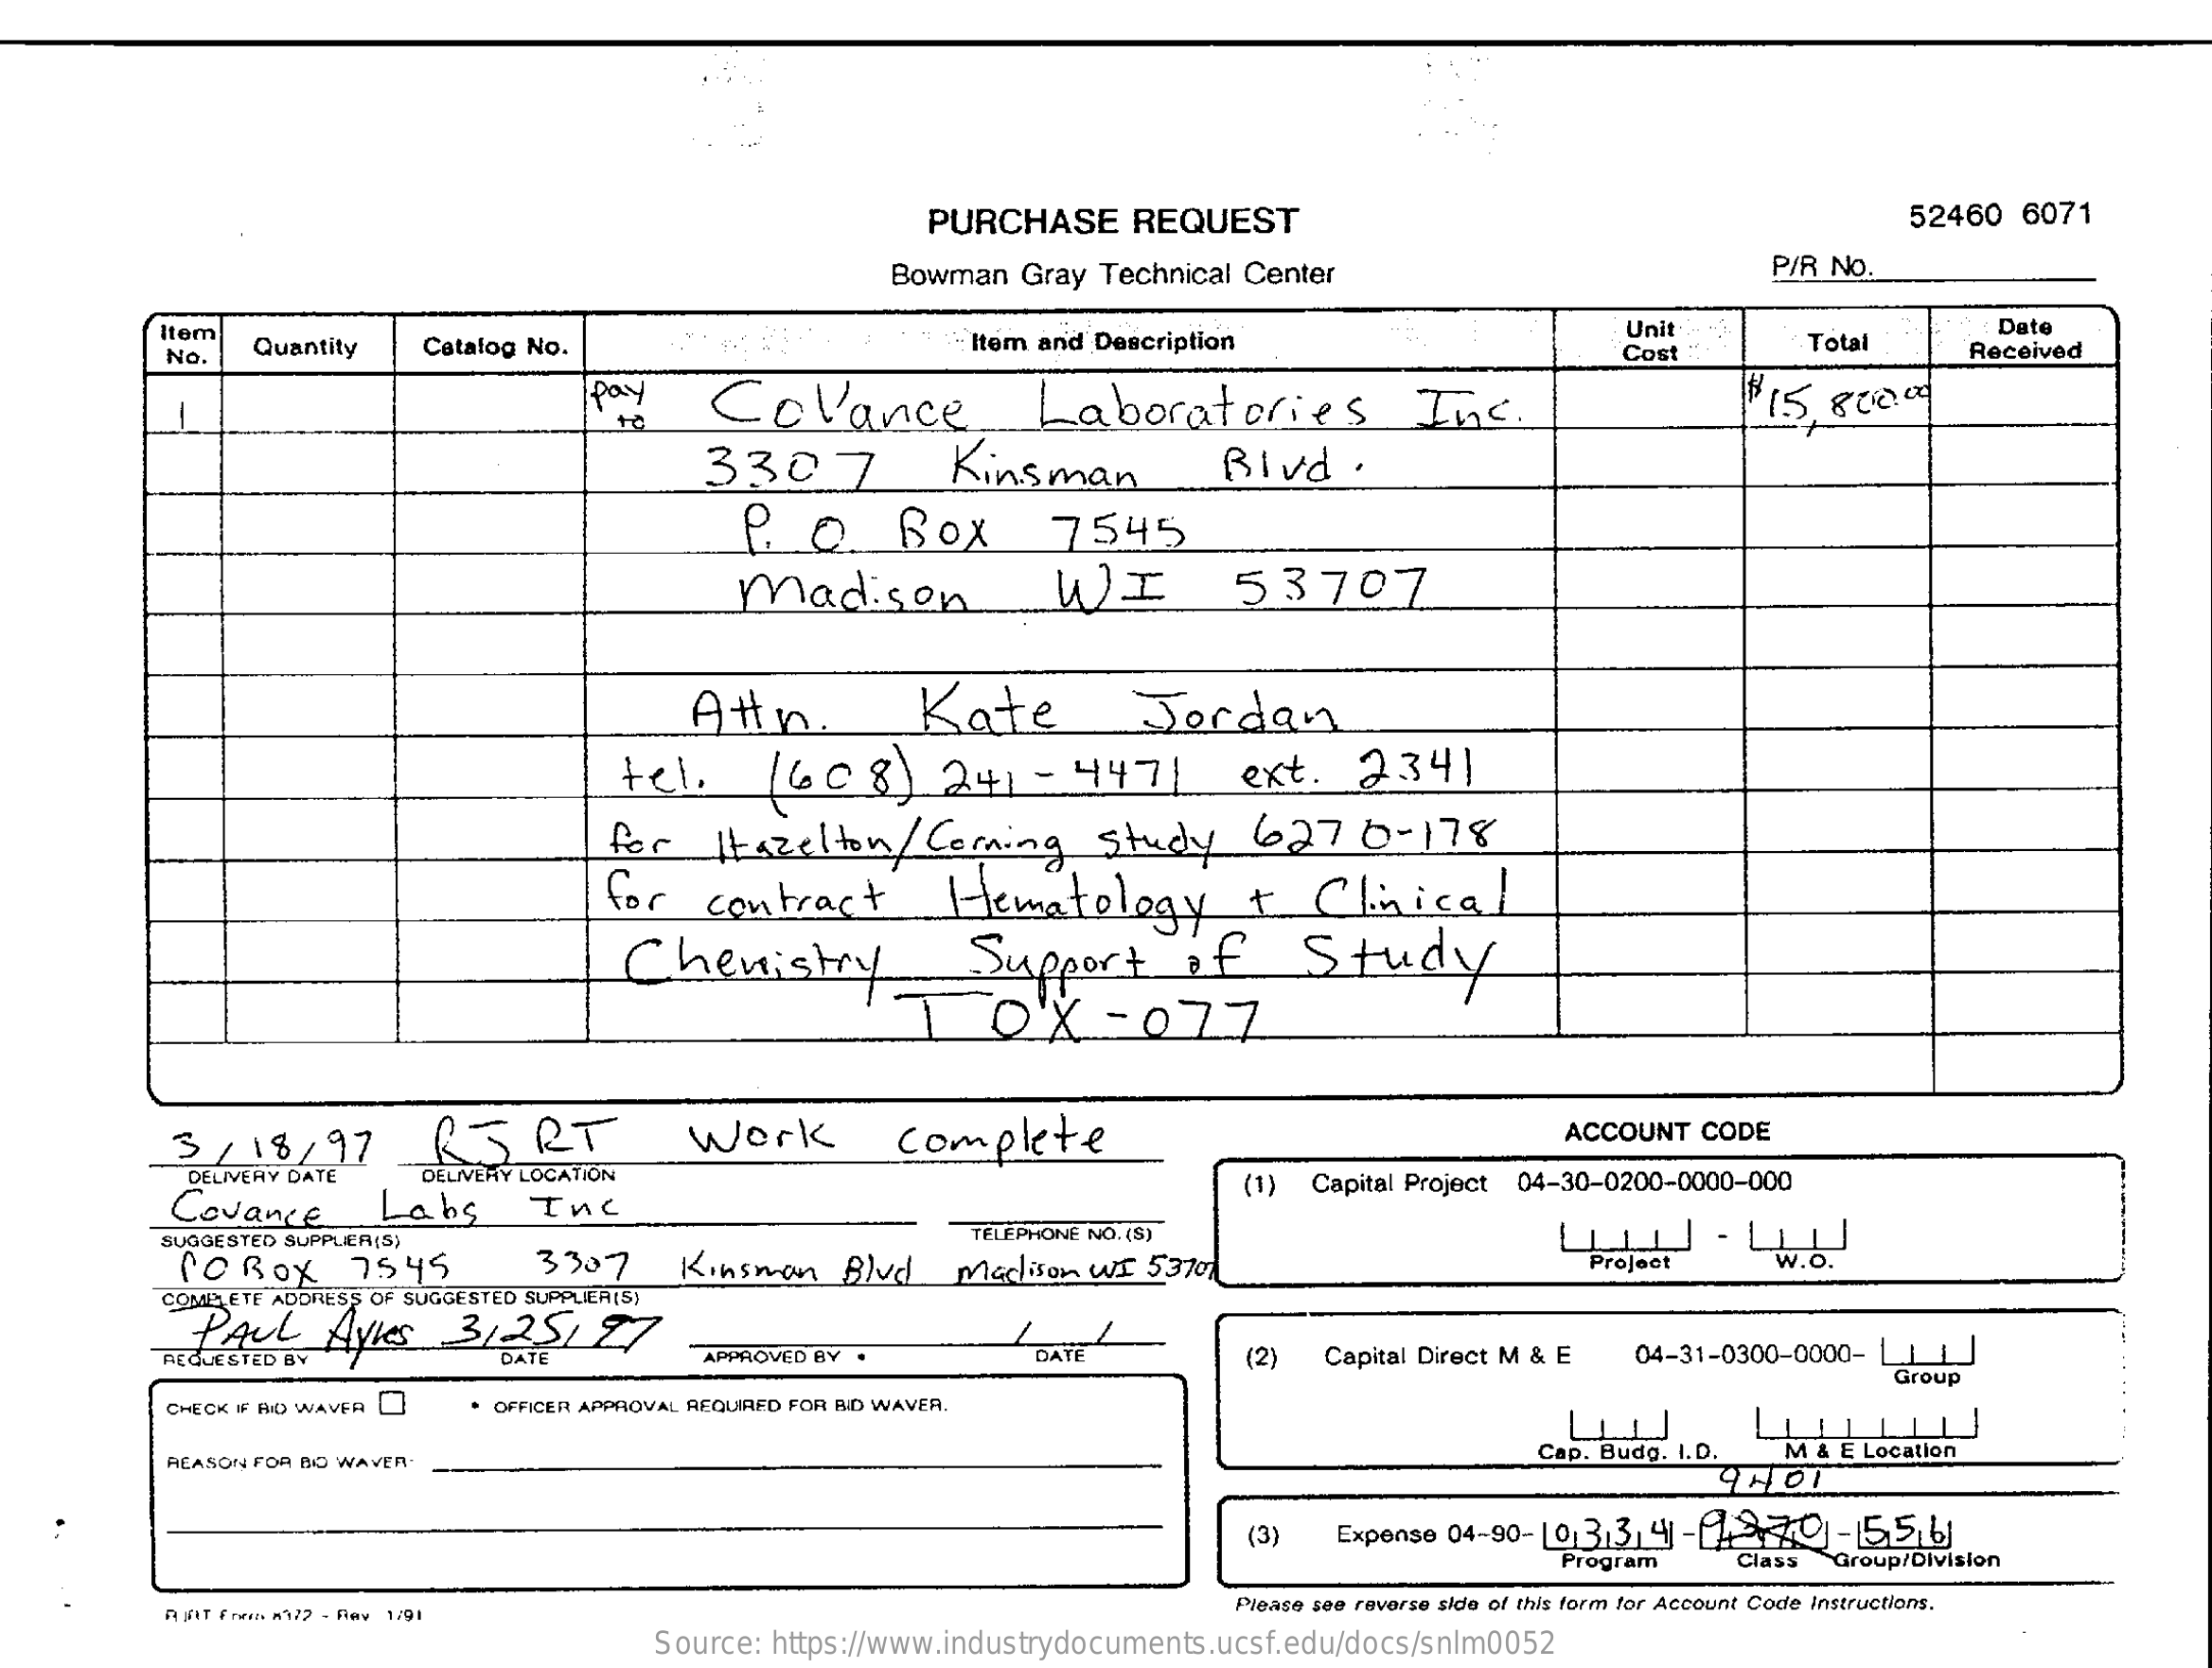
PURCHASE REQUEST    52460 6071
     Bowman Gray Technical Center    P/R NO.
     Item
     Item and Description
     Unit    Date
     No. Quantity Catalog No.    Cost   Total Received
     pay CoVance    Laboratories   Inc.    $15. 800.09 -
     3307    Kinsman    Blvd .
     P. O. Box   7545
     madison    WI    53707
     Attn.   Kate    Jordan
     tel.  608)  241- 447/  ext. 2341
     for Itszelton / Coming Study 6270- 178
     for contract Hematology  + Clinical
     Chemistry    Support of  Study
     1  0X  - 077
     3 / 18/97 RTRT    work    complete    ACCOUNT CODE
     DELIVERY DATE
     Covance
     DELIVERY LOCATION
     Labs  Inc
     (1) Capital Project 04-30-0200-0000-000
     SUGGESTED SUPPLIER(S)    TÉLÉPHONE NO. (S)
     COROX 7545    3307 Kinsman Blvd Madison WI 53701
     COMPLETE ADDRESS OF SUGGESTED SUPPLIER(S)
     PAUL  AyLes 3,25/27
     REQUESTED BY DATE   APPROVED BY . DATE   (2) Capital Direct M & E 04-31-0300-0000- LI1
     Group
     CHECK IF BID WAVER OFFICER APPROVAL REQUIRED FOR BID WAVER.
     REASON FOR DO WAVER.    Cap. Budg. I.D. M & E Location
     (3) Expense 04-90- 10:3131 4-1940-556
     Program Class Group/Division
     Please see reverse side of this form for Account Code Instructions.
     Source: https://www.industrydocuments.ucsf.edu/docs/snlm0052